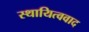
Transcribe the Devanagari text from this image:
स्थायित्ववाद